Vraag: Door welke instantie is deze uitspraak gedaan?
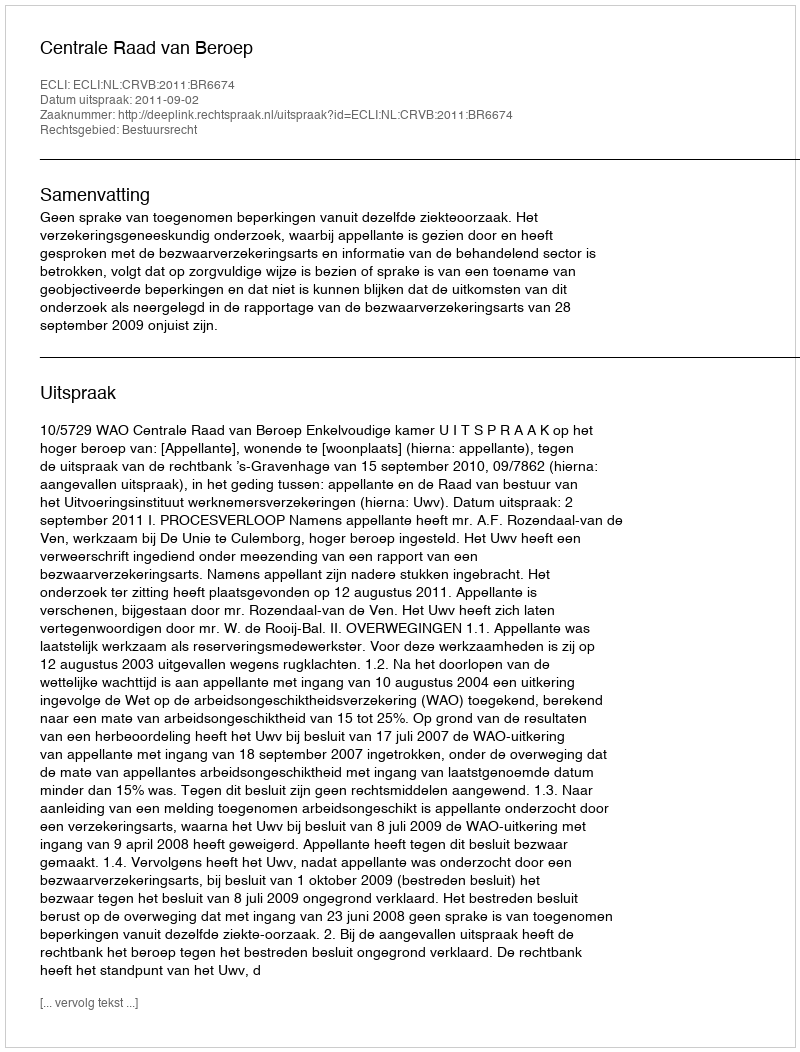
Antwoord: Centrale Raad van Beroep